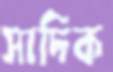
সাদিক